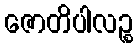
ဇောတိပါလဉ္စ